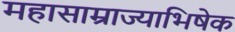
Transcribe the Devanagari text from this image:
महासाम्राज्याभिषेक